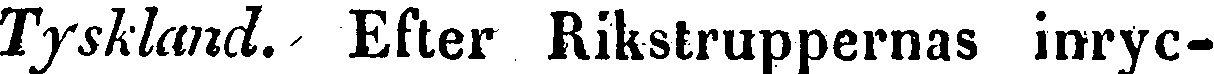
Tyskland. Efter Rikstruppernas inryc-